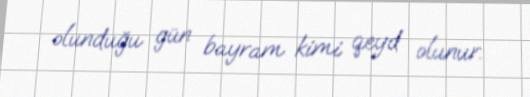
olunduğu gün bayram kimi qeyd olunur.